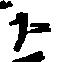
ト